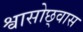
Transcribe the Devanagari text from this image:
श्वासोछ्वास